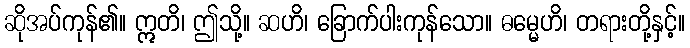
ဆိုအပ်ကုန်၏။ ဣတိ၊ ဤသို့။ ဆဟိ၊ ခြောက်ပါးကုန်သော။ ဓမ္မေဟိ၊ တရားတို့နှင့်။